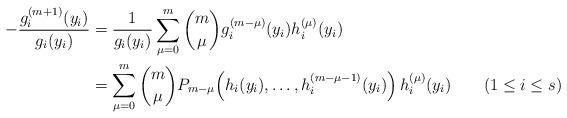
LaTeX: \begin{align*}-\frac{g_i^{(m+1)}(y_i)}{g_i(y_i)}&=\frac{1}{g_i(y_i)}\sum_{\mu=0}^m\binom{m}{\mu}g_i^{(m-\mu)}(y_i)h_i^{(\mu)}(y_i)\\&=\sum_{\mu=0}^m\binom{m}{\mu}P_{m-\mu}\!\left(h_i(y_i),\ldots,h_i^{(m-\mu-1)}(y_i)\right)h_i^{(\mu)}(y_i)\qquad(1\leq i\leq s)\end{align*}